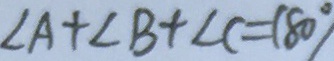
\angle A + \angle B + \angle C = 1 8 0 ^ { \circ }